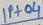
Text: IP+04